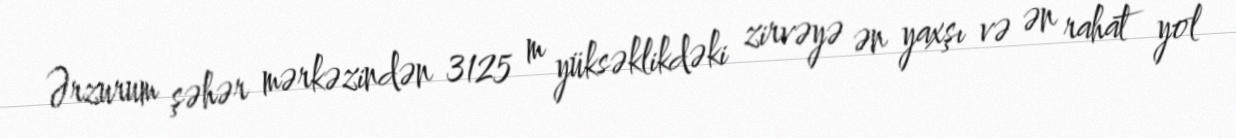
Ərzurum şəhər mərkəzindən 3125 m yüksəklikdəki zirvəyə ən yaxşı və ən rahat yol